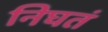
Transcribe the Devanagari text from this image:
निघतं